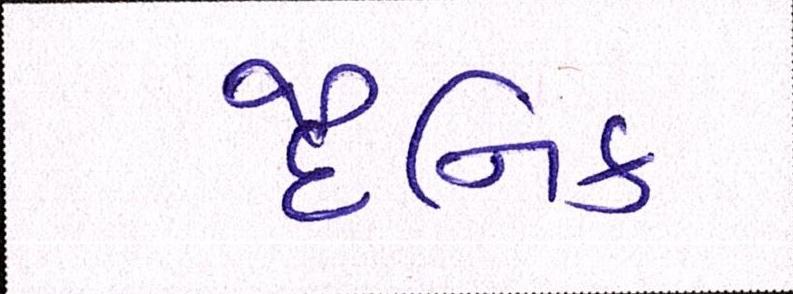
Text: દૈનિક